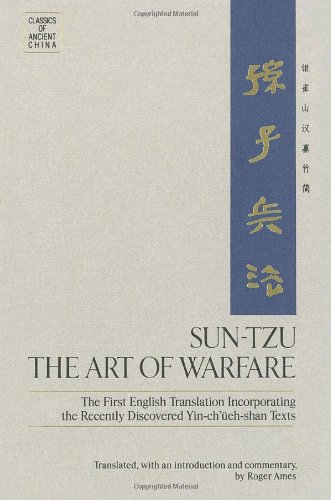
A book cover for Sun Tzu: The Art of Warfare; Politics & Social Sciences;